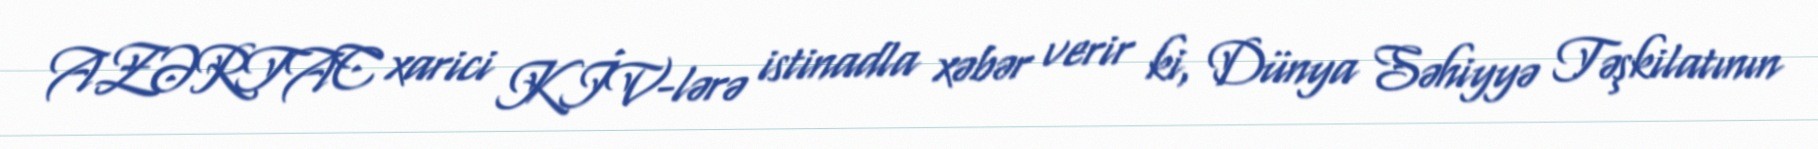
AZƏRTAC xarici KİV-lərə istinadla xəbər verir ki, Dünya Səhiyyə Təşkilatının